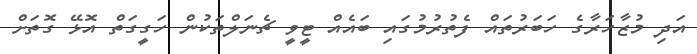
އަދި މުޒާހަރާގެ ހަބަރުތައް ފެތުރުމުގައި ބައެއް ޓީވީ ޗެނަލްތަކުން ހަގީގަތް އޮޅޭ ގޮތަށް